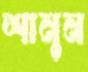
শানুন